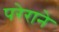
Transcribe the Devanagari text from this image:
परेराने